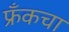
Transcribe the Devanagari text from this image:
फ्रँकचा